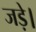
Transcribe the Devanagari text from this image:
जड़े।